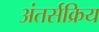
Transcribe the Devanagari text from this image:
अंतर्सक्रिय